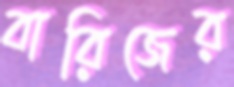
বারিজের